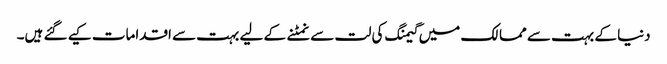
دنیا کے بہت سے ممالک میں گیمنگ کی لت سے نمٹنے کے لیے بہت سے اقدامات کیے گئے ہیں۔